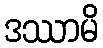
ဒဿာမိ